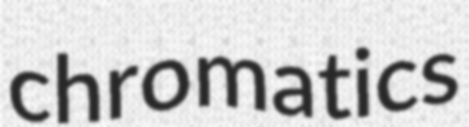
chromatics